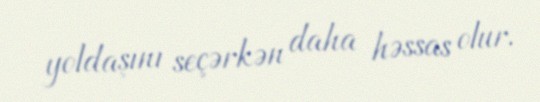
yoldaşını seçərkən daha həssas olur.